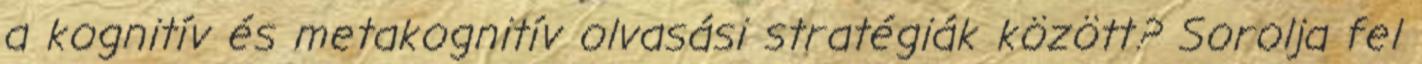
a kognitív és metakognitív olvasási stratégiák között? Sorolja fel